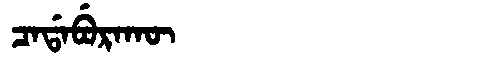
Manchu: ᠴᠠᡩᠠᠪᡠᡵᠠᡴᡡ
Romanization: CADABURAKŪ